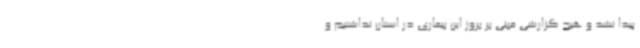
پیدا نشد و هیچ گزارشی مبنی بر بروز این بیماری در استان نداشتیم و